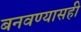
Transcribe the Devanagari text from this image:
बनवण्यासही